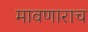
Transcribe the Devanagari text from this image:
मावणाराच